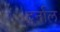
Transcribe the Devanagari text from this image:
दर्नाल